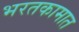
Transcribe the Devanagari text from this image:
भरतकामात